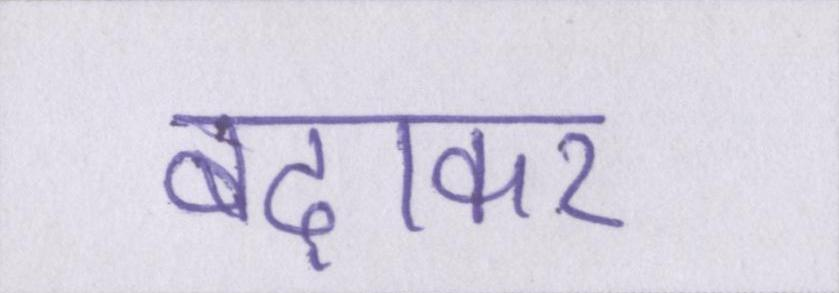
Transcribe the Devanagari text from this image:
बढ़ाकर